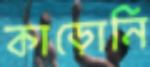
কাড়োনি